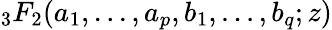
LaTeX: {}_{3}F_{2}({a_{1},...,a_{p}},{b_{1},...,b_{q}};z)